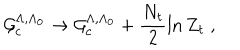
LaTeX: { \cal { G } } _ { c } ^ { \Lambda , \Lambda _ { 0 } } \rightarrow { \cal { G } } _ { c } ^ { \Lambda , \Lambda _ { 0 } } + \frac { N _ { t } } { 2 } \ln Z _ { t } \; ,